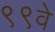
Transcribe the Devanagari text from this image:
९९वे